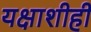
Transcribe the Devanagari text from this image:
यक्षाशीही